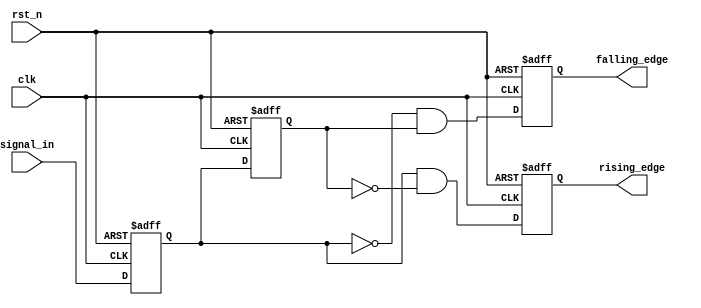
module glitch_free_edge_detector (
    input wire clk,               // Clock signal
    input wire rst_n,             // Asynchronous active-low reset
    input wire signal_in,         // Input signal to monitor for edges
    output reg rising_edge,       // Output signal for rising edge detection
    output reg falling_edge       // Output signal for falling edge detection
);

    reg current_state;            // Holds the value of the input signal in the current clock cycle
    reg prev_state;               // Holds the value of the input signal from the previous clock cycle

    // Sequential logic to update states on the clock edge
    always @(posedge clk or negedge rst_n) begin
        if (!rst_n) begin
            // Reset states on reset signal
            current_state <= 1'b0;
            prev_state <= 1'b0;
            rising_edge <= 1'b0;
            falling_edge <= 1'b0;
        end else begin
            // Update previous state to current state
            prev_state <= current_state;

            // Update current state with the input signal
            current_state <= signal_in;

            // Edge detection logic
            rising_edge <= (current_state && !prev_state);  // Detect rising edge
            falling_edge <= (!current_state && prev_state); // Detect falling edge
        end
    end

endmodule